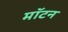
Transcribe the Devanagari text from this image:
मॉटन